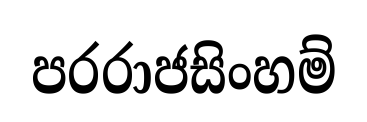
පරරාජසිංහම්